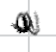
Text: a
Cross-out: zig-zag
Writing tool: digital_black